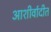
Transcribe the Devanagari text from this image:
आशीर्वादीत